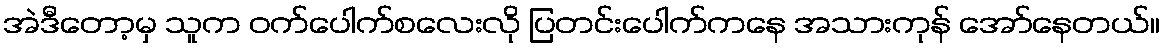
အဲဒီတော့မှ သူက ဝက်ပေါက်စလေးလို ပြတင်းပေါက်ကနေ အသားကုန် အော်နေတယ်။